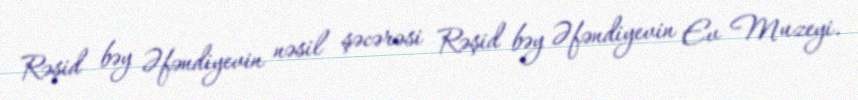
Rəşid bəy Əfəndiyevin nəsil şəcərəsi Rəşid bəy Əfəndiyevin Ev Muzeyi.